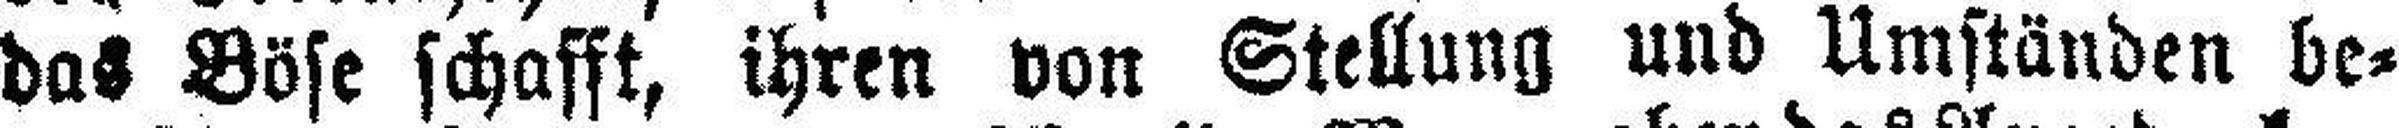
das Böse schafft, ihren von Stellung und Umständen be¬